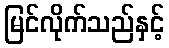
မြင်လိုက်သည်နှင့်